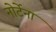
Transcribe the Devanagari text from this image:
नोर्टेना